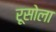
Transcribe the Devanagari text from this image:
रूसोला